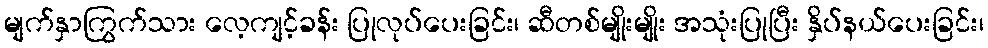
မျက်နှာကြွက်သား လေ့ကျင့်ခန်း ပြုလုပ်ပေးခြင်း၊ ဆီတစ်မျိုးမျိုး အသုံးပြုပြီး နှိပ်နယ်ပေးခြင်း၊